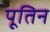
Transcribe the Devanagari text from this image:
पूतिन